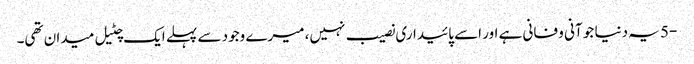
-5 یہ دنیا جو آنی و فانی ہے اور اسے پائیداری نصیب نہیں، میرے وجود سے پہلے ایک چٹیل میدان تھی۔